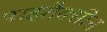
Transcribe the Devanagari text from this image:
पाइरौक्सीन